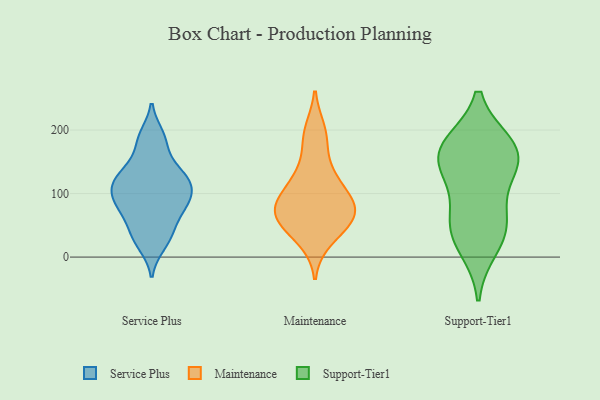
{"axis": {"x": "Budget (USD K)", "y": "Value"}, "legend": ["Maintenance", "Service Plus", "Support-Tier1"], "data": [{"x": "", "y": 148, "type": "Service Plus"}, {"x": "", "y": 100, "type": "Service Plus"}, {"x": "", "y": 81, "type": "Service Plus"}, {"x": "", "y": 92, "type": "Service Plus"}, {"x": "", "y": 119, "type": "Service Plus"}, {"x": "", "y": 116, "type": "Service Plus"}, {"x": "", "y": 44, "type": "Service Plus"}, {"x": "", "y": 19, "type": "Service Plus"}, {"x": "", "y": 182, "type": "Service Plus"}, {"x": "", "y": 126, "type": "Service Plus"}, {"x": "", "y": 68, "type": "Service Plus"}, {"x": "", "y": 126, "type": "Service Plus"}, {"x": "", "y": 191, "type": "Service Plus"}, {"x": "", "y": 84, "type": "Service Plus"}, {"x": "", "y": 33, "type": "Service Plus"}, {"x": "", "y": 28, "type": "Maintenance"}, {"x": "", "y": 198, "type": "Maintenance"}, {"x": "", "y": 99, "type": "Maintenance"}, {"x": "", "y": 45, "type": "Maintenance"}, {"x": "", "y": 90, "type": "Maintenance"}, {"x": "", "y": 130, "type": "Maintenance"}, {"x": "", "y": 78, "type": "Maintenance"}, {"x": "", "y": 186, "type": "Maintenance"}, {"x": "", "y": 66, "type": "Maintenance"}, {"x": "", "y": 62, "type": "Maintenance"}, {"x": "", "y": 62, "type": "Maintenance"}, {"x": "", "y": 128, "type": "Maintenance"}, {"x": "", "y": 77, "type": "Maintenance"}, {"x": "", "y": 15, "type": "Support-Tier1"}, {"x": "", "y": 42, "type": "Support-Tier1"}, {"x": "", "y": 134, "type": "Support-Tier1"}, {"x": "", "y": 173, "type": "Support-Tier1"}, {"x": "", "y": 53, "type": "Support-Tier1"}, {"x": "", "y": 175, "type": "Support-Tier1"}, {"x": "", "y": 63, "type": "Support-Tier1"}, {"x": "", "y": 154, "type": "Support-Tier1"}, {"x": "", "y": 135, "type": "Support-Tier1"}, {"x": "", "y": 177, "type": "Support-Tier1"}]}